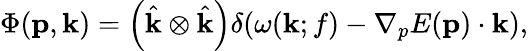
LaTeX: \Phi(\mathbf{p},\mathbf{k})=\left(\hat{\mathbf{k}}\otimes\hat{\mathbf{k}}\right)\delta(\omega(\mathbf{k};f)-\nabla_{p}E(\mathbf{p})\cdot\mathbf{k}),